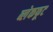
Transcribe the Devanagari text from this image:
ब्लेकफूट